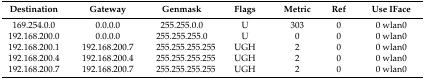
<table><thead><tr><td><b>Destination</b></td><td><b>Gateway</b></td><td><b>Genmask</b></td><td><b>Flags</b></td><td><b>Metric</b></td><td><b>Ref</b></td><td><b>Use IFace</b></td></tr></thead><tbody><tr><td>169.254.0.0</td><td>0.0.0.0</td><td>255.255.0.0</td><td>U</td><td>303</td><td>0</td><td>0 wlan0</td></tr><tr><td>192.168.200.0</td><td>0.0.0.0</td><td>255.255.255.0</td><td>U</td><td>0</td><td>0</td><td>0 wlan0</td></tr><tr><td>192.168.200.1</td><td>192.168.200.7</td><td>255.255.255.255</td><td>UGH</td><td>2</td><td>0</td><td>0 wlan0</td></tr><tr><td>192.168.200.4</td><td>192.168.200.4</td><td>255.255.255.255</td><td>UGH</td><td>2</td><td>0</td><td>0 wlan0</td></tr><tr><td>192.168.200.7</td><td>192.168.200.7</td><td>255.255.255.255</td><td>UGH</td><td>2</td><td>0</td><td>0 wlan0</td></tr></tbody></table>